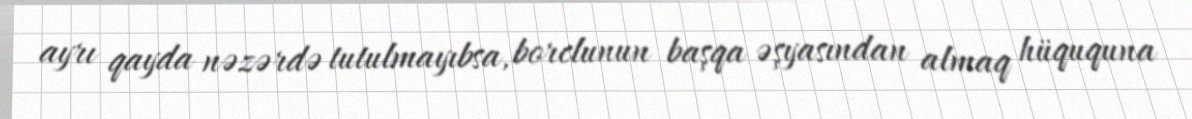
ayrı qayda nəzərdə tutulmayıbsa, borclunun başqa əşyasından almaq hüququna